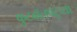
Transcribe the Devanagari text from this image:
फुटबॉलपटूंच्या